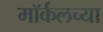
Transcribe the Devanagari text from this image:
मॉर्कलच्या